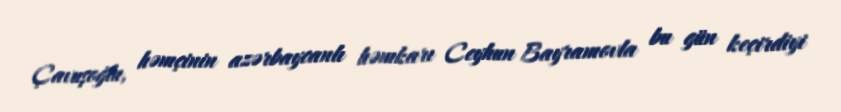
Çavuşoğlu, həmçinin azərbaycanlı həmkarı Ceyhun Bayramovla bu gün keçirdiyi